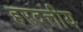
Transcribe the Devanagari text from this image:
हरदत्तीय